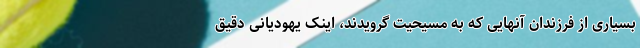
بسیاری از فرزندان آنهایی که به مسیحیت گرویدند، اینک یهودیانی دقیق